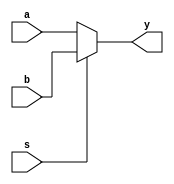
module muxsimples (a, b, s, y);
    input a, b, s;
    output y;

    assign y = s ? b: a;
    
endmodule